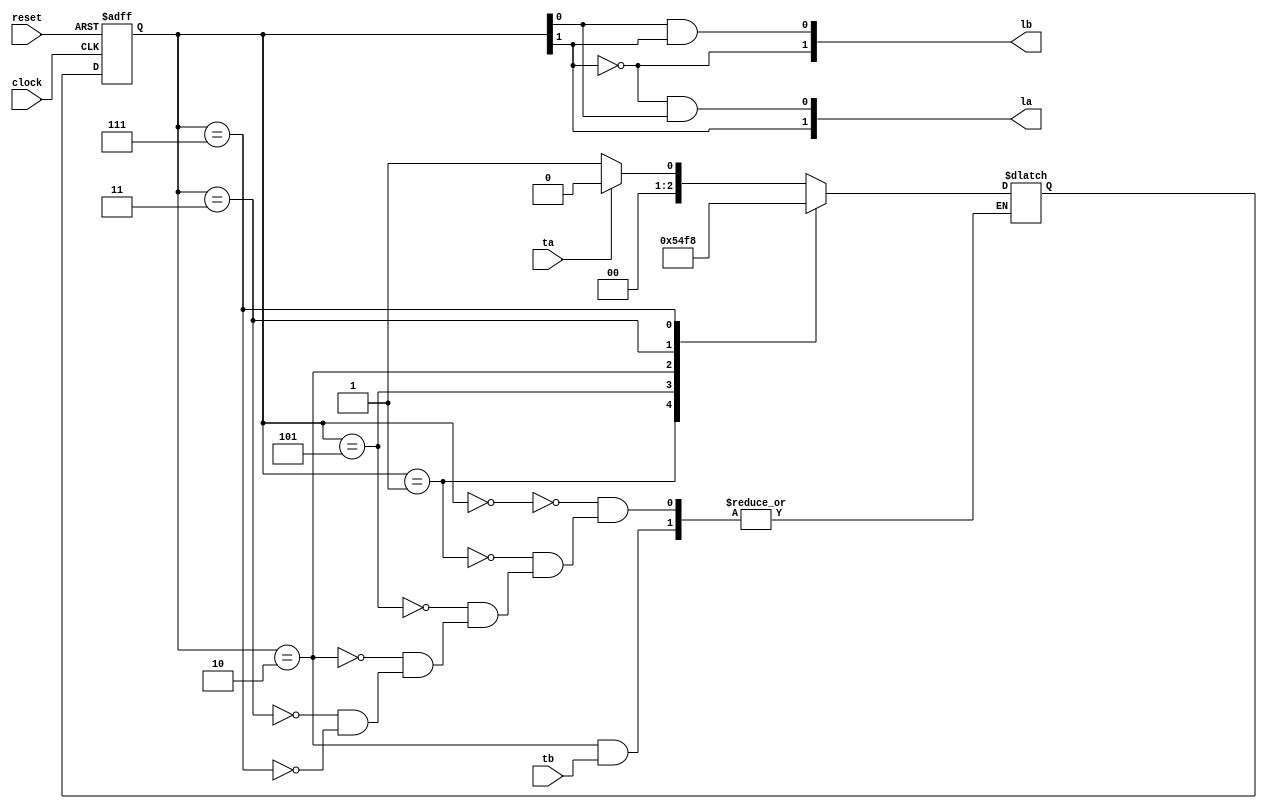
module traffic_light(ta,tb,la,lb,clock,reset);
input ta,tb,reset,clock;
output [1:0] la,lb;


reg [2:0] state, next_state ;
reg flag, flag2 ;
// state parameters
parameter S0 = 3'b000;
parameter S1 = 3'b001;
parameter S2 = 3'b101;
parameter S3 = 3'b010;
parameter S4 = 3'b011;
parameter S5 = 3'b111;

/*
parameter GREEN = 2'b00;
parameter YELLOW = 2'b01;
parameter RED = 2'b10;
*/


// state register
always @ (posedge clock or posedge reset)
if(reset) state <= S0 ;
else state <= next_state ;


// next state logic
always @ (*)
case(state)
    S0: if(~ta) next_state <= S1;
        else next_state <= S0;
    S1: next_state <= S2;
    S2: next_state <= S3;
    S3: if(~tb) next_state <= S4;
    S4: next_state <= S5;
    S5: next_state <= S0;
endcase

// output logic
assign la[1] = state[1];
assign la[0] = (~state[1]) & state[0];
assign lb[1] = ~state[1];
assign lb[0] = state[0] & state[1];

endmodule